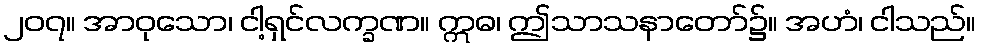
၂၀၇။ အာဝုသော၊ ငါ့ရှင်လက္ခဏ။ ဣဓ၊ ဤသာသနာတော်၌။ အဟံ၊ ငါသည်။